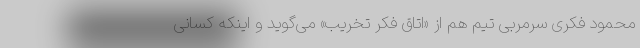
محمود فکری سرمربی تیم هم از «اتاق فکر تخریب» می‌گوید و اینکه کسانی